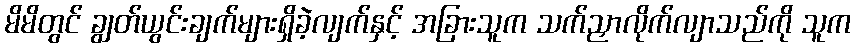
မိမိတွင် ချွတ်ယွင်းချက်များရှိခဲ့လျက်နှင့် အခြားသူက သက်ညှာလိုက်လျာသည်ကို သူက